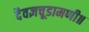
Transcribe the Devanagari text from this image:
दैवज्ञचूडामणी॥